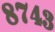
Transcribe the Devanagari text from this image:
८७४३